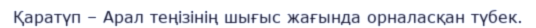
Қаратүп – Арал теңізінің шығыс жағында орналасқан түбек.